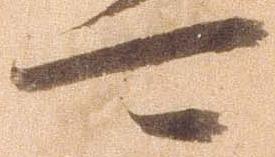
可